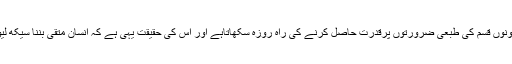
ان دونوں قسم کی طبعی ضرورتوں پرقدرت حاصل کرنے کی راہ روزہ سکھاتاہے اور اس کی حقیقت یہی ہے کہ انسان متقی بننا سیکھ لیوے۔